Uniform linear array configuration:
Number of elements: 32
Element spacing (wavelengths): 0.75
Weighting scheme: uniform
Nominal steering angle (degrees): -60
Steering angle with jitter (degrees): -59.696
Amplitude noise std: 0.05
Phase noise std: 0.05

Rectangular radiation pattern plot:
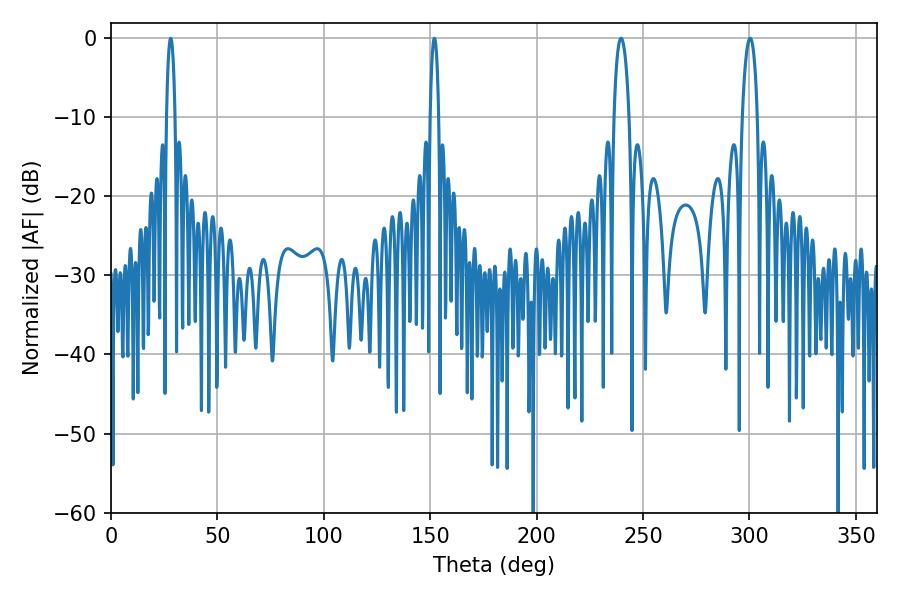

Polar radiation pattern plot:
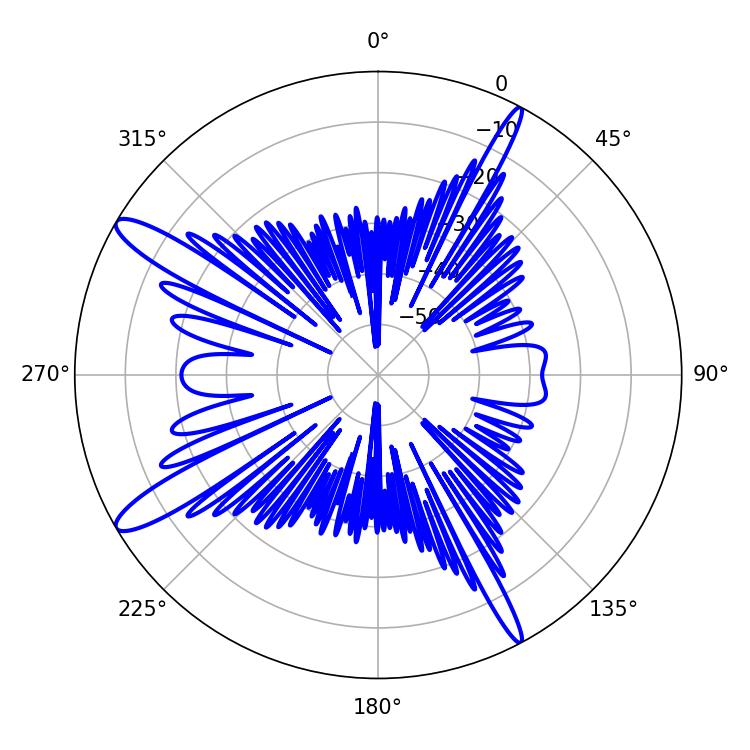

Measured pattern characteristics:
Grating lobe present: TRUE
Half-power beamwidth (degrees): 2.16
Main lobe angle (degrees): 151.92